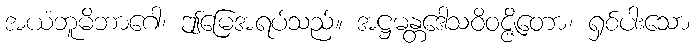
အယံဘူမိဘာဂေါ၊ ဤမြေအရပ်သည်။ အဋ္ဌမန္တဒေါသဝိဝဇ္ဇိတော၊ ရှစ်ပါးသော